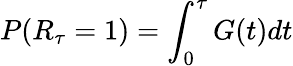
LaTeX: P(R_{\tau}=1)=\int_{0}^{\tau}G(t)dt